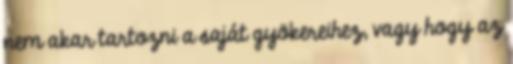
nem akar tartozni a saját gyökereihez, vagy hogy az